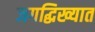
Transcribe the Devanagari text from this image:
जगद्धिख्यात